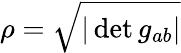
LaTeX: \rho={\sqrt{|\det g_{ab}|}}